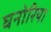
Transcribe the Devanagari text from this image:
घनोरिया